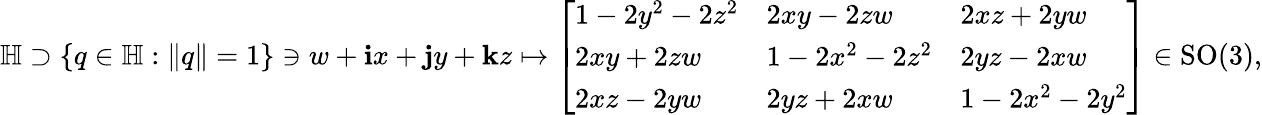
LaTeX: \mathbb{H}\supset\{ q\in\mathbb{H}:\| q\| =1\} \ni w+\mathbf{i}x+\mathbf{j}y+\mathbf{k}z\mapsto{\left[\begin{array}{lll}{1-2y^{2}-2z^{2}}&{2xy-2zw}&{2xz+2yw}\\ {2xy+2zw}&{1-2x^{2}-2z^{2}}&{2yz-2xw}\\ {2xz-2yw}&{2yz+2xw}&{1-2x^{2}-2y^{2}}\end{array}\right]}\in\mathrm{SO}(3),